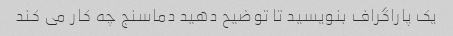
یک پاراگراف بنویسید تا توضیح دهید دماسنج چه کار می کند